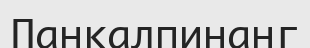
Панкалпинанг